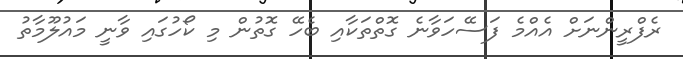
ރެފްރީންނަށް އެއްމެ ފަސޭހަވާނެ ގޮތްތަކާއި ބެހޭ ގޮތުން މި ކޯހުގައި ވާނީ މައުލޫމާތު